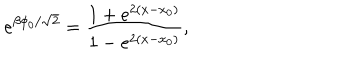
LaTeX: e ^ { \beta \phi _ { 0 } / \sqrt { 2 } } = \frac { 1 + e ^ { 2 ( x - x _ { 0 } ) } } { 1 - e ^ { 2 ( x - x _ { 0 } ) } } ,